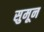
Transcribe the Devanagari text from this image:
सुमून